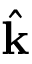
\hat { \mathbf { k } }